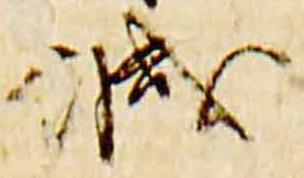
減